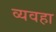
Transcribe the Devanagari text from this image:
व्यवहा